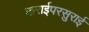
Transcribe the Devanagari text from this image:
कराईपरसुराई